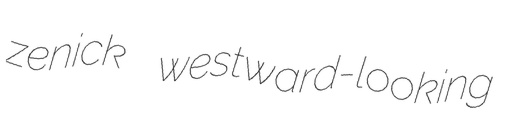
zenick westward-looking